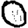
Digit: 0